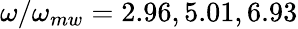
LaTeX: \omega/\omega_{mw}=2.96,5.01,6.93